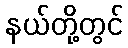
နယ်တို့တွင်